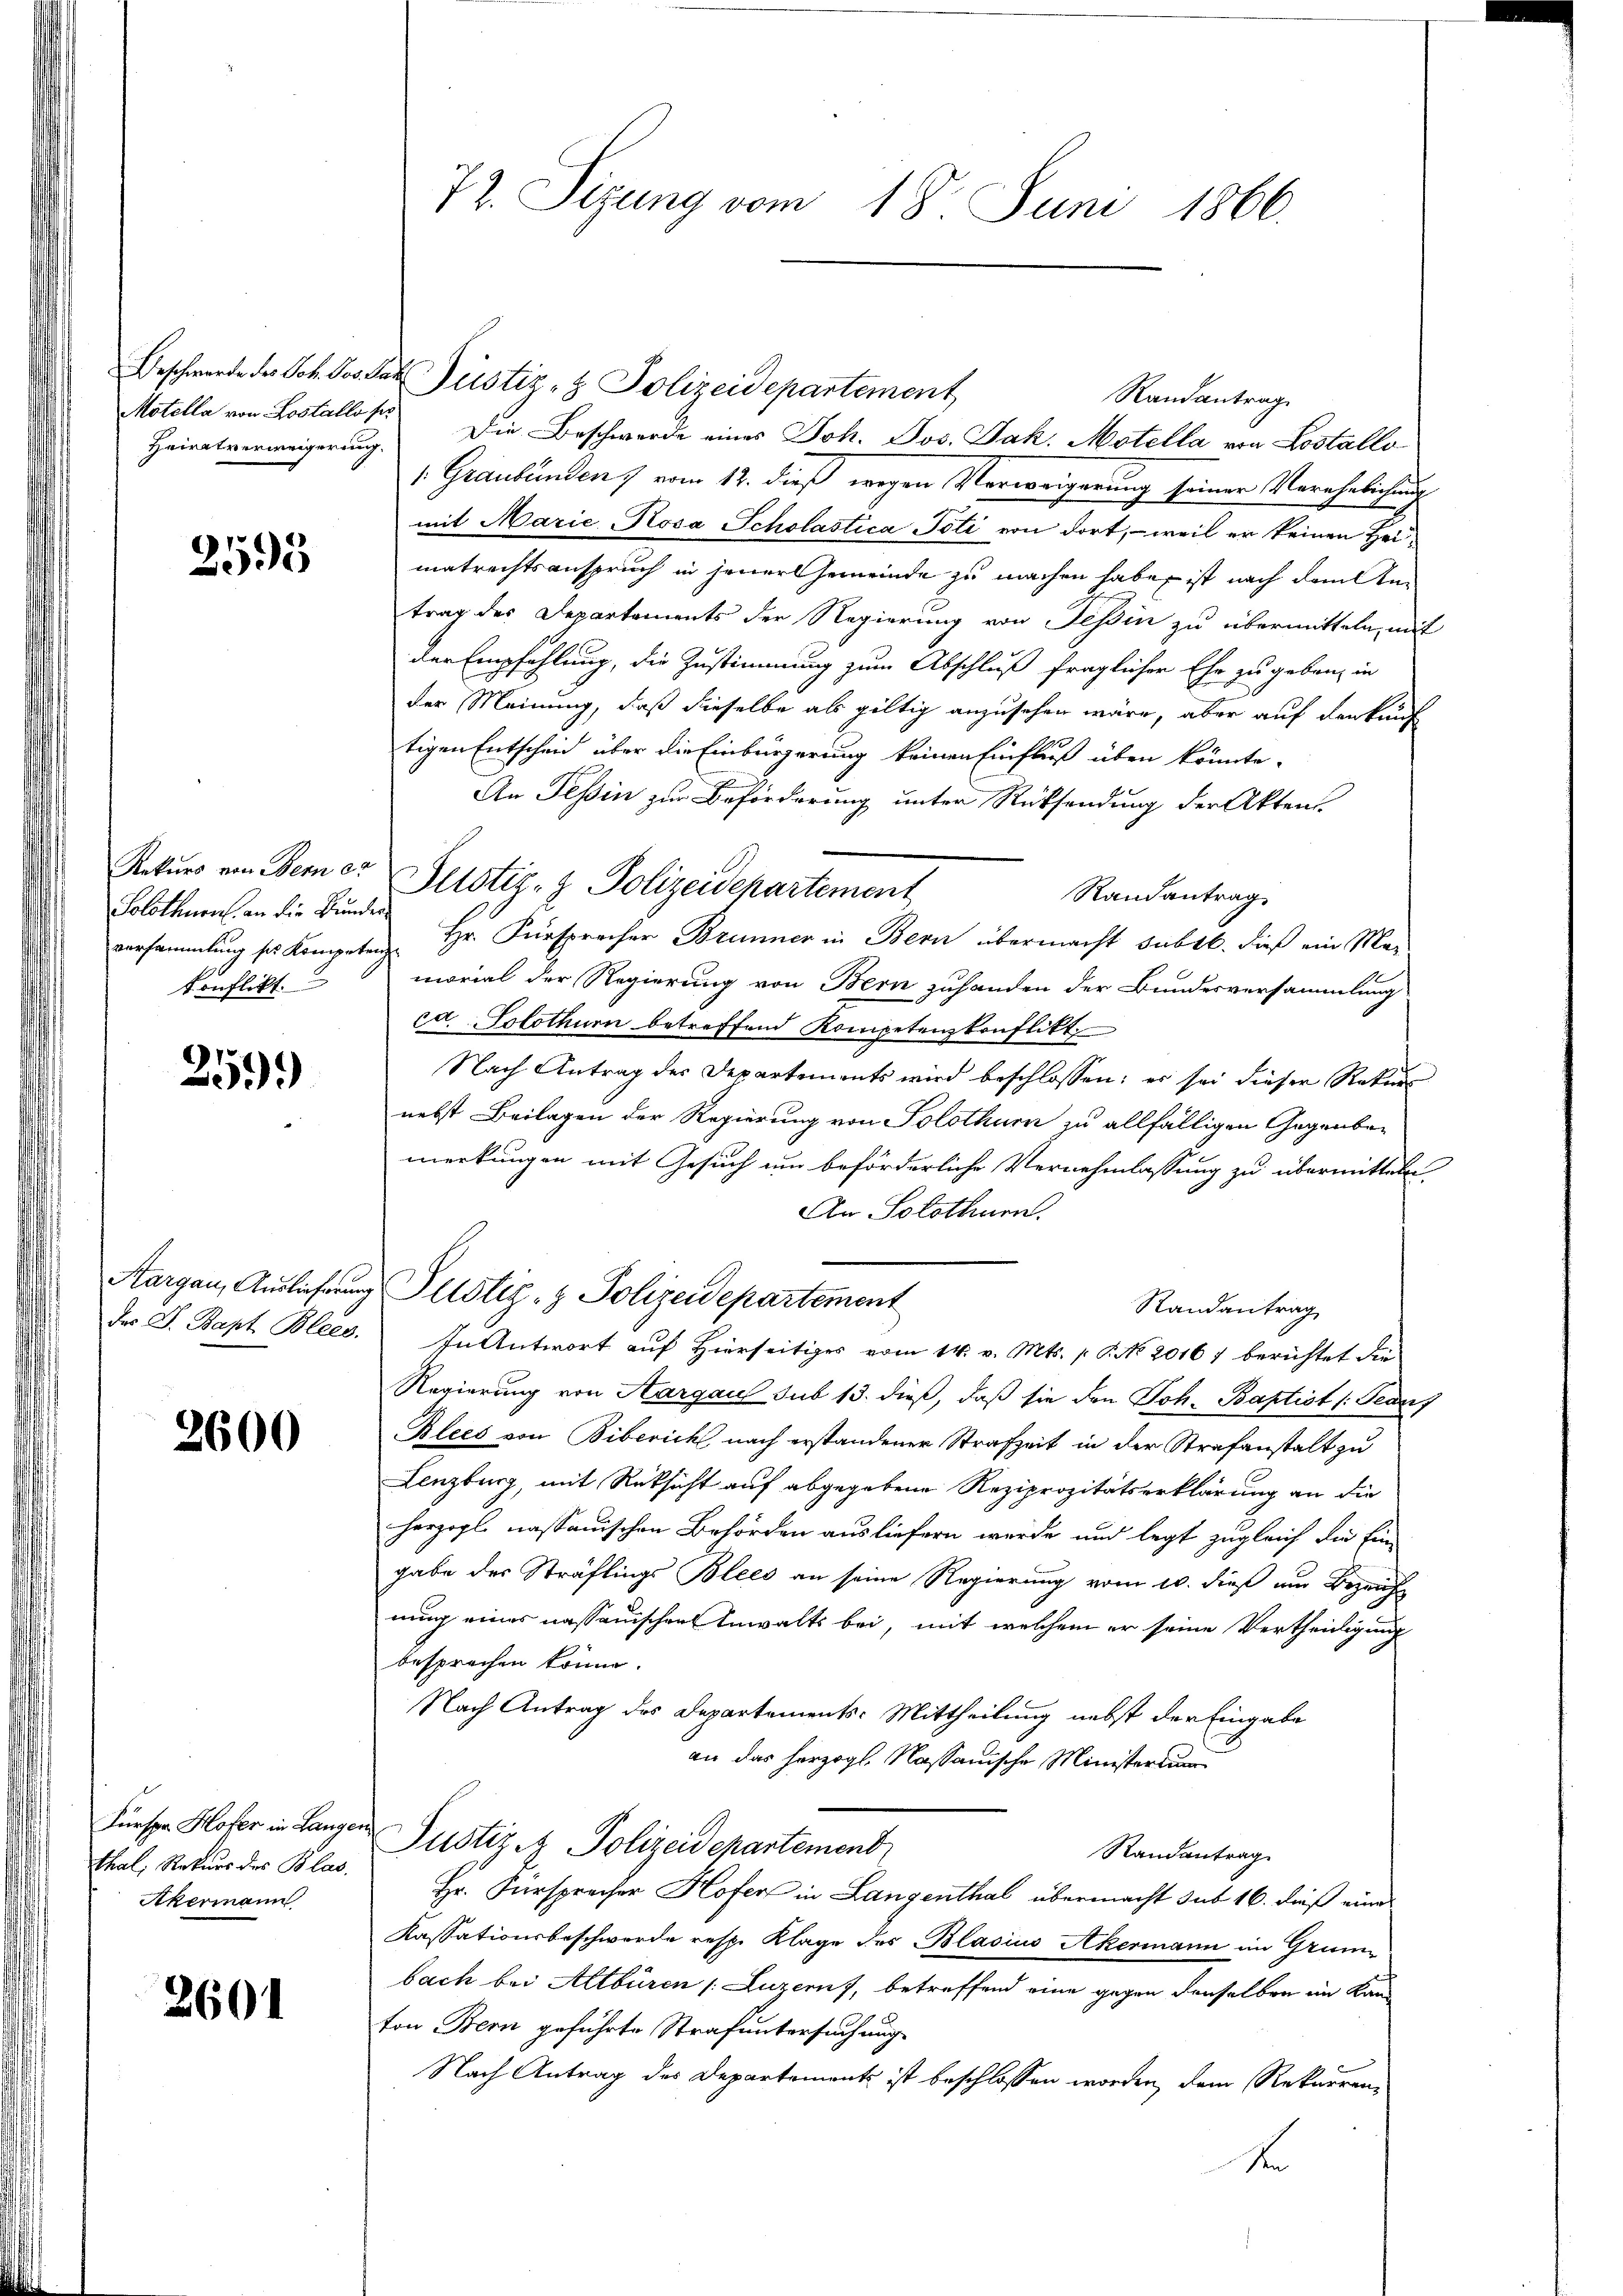
Heiratverweigerung.

2595

Solothurn, an die Bunder
tonflikt.

259)

2600

thal, Rekurs des Blas.
Akermann

2601

Randantrag
Motella von Lostallos. Die Beschwerde eines Joh. Jos. Jak. Motella von Lostallo
1 Graubünden vom 12. dieß wegen Verweigerung seiner Verehelichung
mit Marie Rosa Scholastica Poti von dort, – weil er keinen Heimatrechtsanspruch in jener Gemeinde zu machen habe, ist nach dem Antrag des Departements der Regierung von Tessin zu übermitteln, mit
der Empfehlung, die Zustimmung zum Abschluß fraglicher Ehe zu geben, in
der Meinung, daß dieselbe als gültig anzusehen wäre, aber auf denkunf
tigen Entscheid über die Einbürgerung keinen Einfluß über könnte.
An Tessin zur Beförderung unter Rücksendung der Akten.
Rekurs von Berner Petstiz- & Polizeidchartement
Randantrag
versammlung ses Kompeten Hr. Fürspracher Brunner in Bern übermacht subtl. dieß ein Mar
morial der Regierung von Bern zuhanden der Bundesversammlung
ca. Solothurn betreffend Kompetenzkonflikt
Nach Antrag der Departements wird beschlossen; es sei dieser Rekur
nebst Beilagen der Regierung von Solothurn zu allfälligen Gegenbemerkungen mit Gesuch um beförderliche Vernehmlassung zu übermitteln
An Solothurn.
Aargau, Auslicherung Plötiz- & Polizeidepartement
Randantrag
des J. Bapt Blees. In Antwort auf Hierseitiges vom 14. v. Mts. (T. No 20167 berichtet die
Regierung von Aargau sub 13. dieß, daß sie den Joh. Baptist (Beauf
Klees von Biberich nach erstandener Strafzeit in der Strafanstalt zu
Lenzburg, mit Rüksicht auf abgegebene Reziprozitätserklärung an die
herzogl. nassauischen Behörden ausliefern werde und legt zugleich die Eingabe der Sträflings Blees an seine Regierung vom 10. dieß um Bezeich-
nung eines nassauischen Anwalts bei, mit welchem er seine Vertheidigung
besprechen könne.
Nach Antrag des Departements: Mittheilung nebst der Eingabe
an das herzogl. Nassauische Ministerium
Fürsten Hofer in Langen Pustiz - Polizeidepartemend
Randantrag
Hr. Fürspracher Hofer in Langenthal übermacht sub 16. dieß eine
Kassationsbeschwerde resp. Klage des Blasius Akermann im Grunbach bei Altbüren /: Luzern, betreffend eine gegen denselben im Kanton Bern geführte Strafuntersuchung
Nach Antrag des Departements ist beschlossen worden, dem Rekurrenz
k

72. Sizung vom 18. Juni 1866.

Beschwerde des Joh. Jos das Justiz- & Polizeidepartement